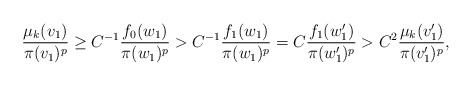
\begin{align*}\frac{\mu_k(v_{1})}{\pi(v_{1})^p} \ge C^{-1} \frac{f_{0}(w_{1})}{\pi(w_{1})^p} > C^{-1}\frac{f_{1}(w_{1})}{\pi(w_{1})^p} = C \frac{f_{1}(w_{1}')}{\pi(w_{1}')^p}> C^2 \frac{\mu_k(v_{1}')}{\pi(v_{1}')^p},\end{align*}